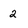
Character: 2